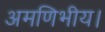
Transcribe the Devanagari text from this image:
अमणिभीय।